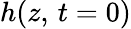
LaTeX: h(z,\, t=0)